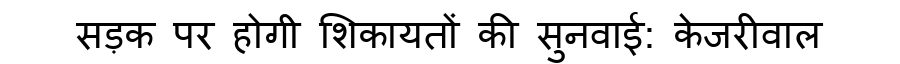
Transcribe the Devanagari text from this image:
सड़क पर होगी शिकायतों की सुनवाई: केजरीवाल